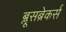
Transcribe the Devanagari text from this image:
ब्लूसब्रेकर्स